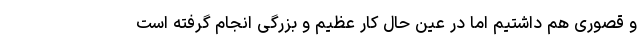
و قصوری هم داشتیم اما در عین حال کار عظیم و بزرگی انجام گرفته است